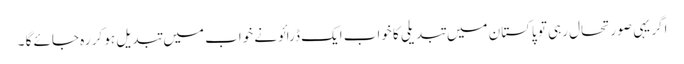
اگر یہی صورتحال رہی تو پاکستان میں تبدیلی کا خواب ایک ڈرائونے خواب میں تبد یل ہو کر رہ جائے گا ۔